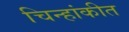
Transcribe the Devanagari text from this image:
चिन्हांकीत